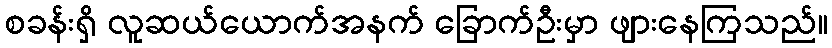
စခန်းရှိ လူဆယ်ယောက်အနက် ခြောက်ဦးမှာ ဖျားနေကြသည်။